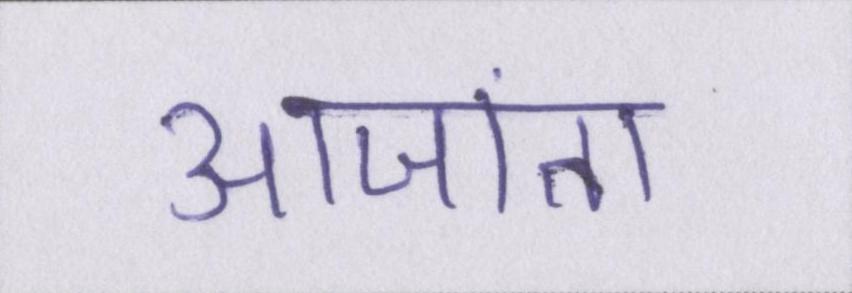
आजा॑ता